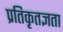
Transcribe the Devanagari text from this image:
प्रतिकृतज्ञता